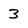
Character: 3